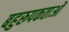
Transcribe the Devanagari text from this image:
बहुरूपकताओं